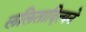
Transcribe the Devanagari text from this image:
ललितादित्यने